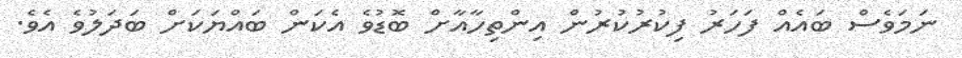
ނަމަވެސް ބައެއް ފަހަރު ފިކުރުކުރުން އިންތިހާއާށް ބޮޑުވެ އެކަން ބައްޔަކަށް ބަދަލުވެ އެވެ.